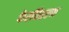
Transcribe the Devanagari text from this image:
फेरवितरण